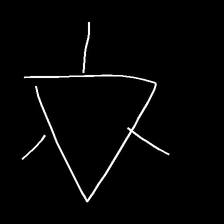
Glyph: fire